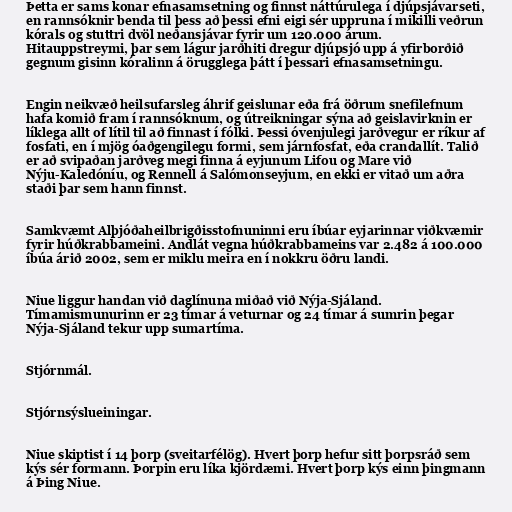
Þetta er sams konar efnasamsetning og finnst náttúrulega í djúpsjávarseti,
en rannsóknir benda til þess að þessi efni eigi sér uppruna í mikilli veðrun
kórals og stuttri dvöl neðansjávar fyrir um 120.000 árum.
Hitauppstreymi, þar sem lágur jarðhiti dregur djúpsjó upp á yfirborðið
gegnum gisinn kóralinn á örugglega þátt í þessari efnasamsetningu.

Engin neikvæð heilsufarsleg áhrif geislunar eða frá öðrum snefilefnum
hafa komið fram í rannsóknum, og útreikningar sýna að geislavirknin er
líklega allt of lítil til að finnast í fólki. Þessi óvenjulegi jarðvegur er ríkur af
fosfati, en í mjög óaðgengilegu formi, sem járnfosfat, eða crandallít. Talið
er að svipaðan jarðveg megi finna á eyjunum Lifou og Mare við
Nýju-Kaledóníu, og Rennell á Salómonseyjum, en ekki er vitað um aðra
staði þar sem hann finnst.

Samkvæmt Alþjóðaheilbrigðisstofnuninni eru íbúar eyjarinnar viðkvæmir
fyrir húðkrabbameini. Andlát vegna húðkrabbameins var 2.482 á 100.000
íbúa árið 2002, sem er miklu meira en í nokkru öðru landi.

Niue liggur handan við daglínuna miðað við Nýja-Sjáland.
Tímamismunurinn er 23 tímar á veturnar og 24 tímar á sumrin þegar
Nýja-Sjáland tekur upp sumartíma.

Stjórnmál.

Stjórnsýslueiningar.

Niue skiptist í 14 þorp (sveitarfélög). Hvert þorp hefur sitt þorpsráð sem
kýs sér formann. Þorpin eru líka kjördæmi. Hvert þorp kýs einn þingmann
á Þing Niue.